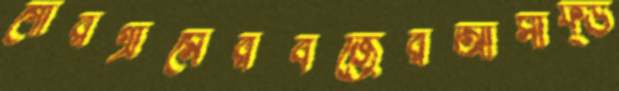
গোরগ্রামেরবজ্রেরআসাফ্উ